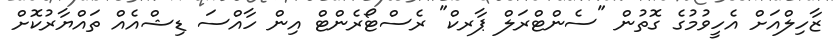
ޒާހިލްއަށް އެހީވުމުގެ ގޮތުން "ސެންޓްރަލް ޕާރކް" ރެސްޓޯރެންޓް އިން ހާއްސަ ޑިޝްއެއް ތައްޔާރުކޮށް